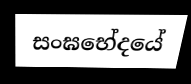
සංඝභේදයේ